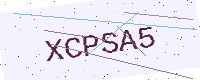
Text: XCPSA5